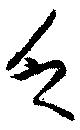
乏